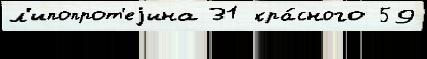
л'ипопрот'еjина 31 кра́сного 59